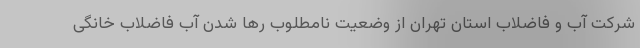
شرکت آب و فاضلاب استان تهران از وضعیت نامطلوب رها شدن آب فاضلاب خانگی